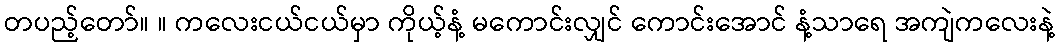
တပည့်တော်။ ။ ကလေးငယ်ငယ်မှာ ကိုယ့်နံ့ မကောင်းလျှင် ကောင်းအောင် နံ့သာရေ အကျဲကလေးနဲ့